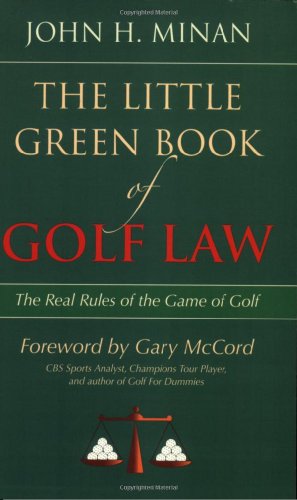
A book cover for The Little Green Book of Golf Law: The Real Rules of the Game of Golf (ABA Little Books Series); John H. Minan; Law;